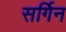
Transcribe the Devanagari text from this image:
सर्गिन